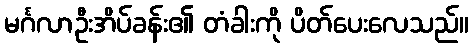
မင်္ဂလာဦးအိပ်ခန်း၏ တံခါးကို ပိတ်ပေးလေသည်။